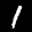
Label: 1